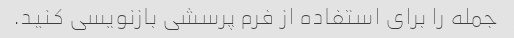
جمله را برای استفاده از فرم پرسشی بازنویسی کنید.